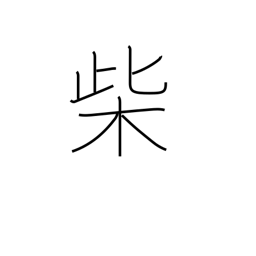
Meaning: firewood